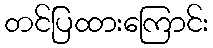
တင်ပြထားကြောင်း